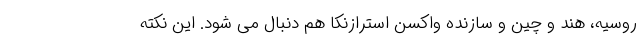
روسیه، هند و چین و سازنده واکسن استرازنکا هم دنبال می شود. این نکته